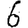
Digit: 6